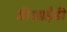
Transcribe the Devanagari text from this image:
डीआईडी